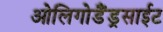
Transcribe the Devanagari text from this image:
ओलिगोडैंड्रसाईट